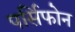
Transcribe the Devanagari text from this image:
पर्सिफोन